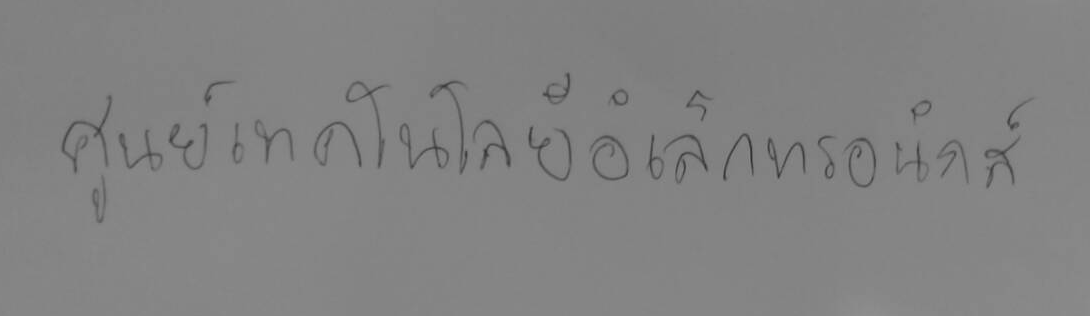
ศูนย์เทคโนโลยีอิเล็กทรอนิกส์